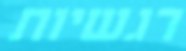
רגשיות